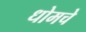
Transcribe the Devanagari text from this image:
धोमचे